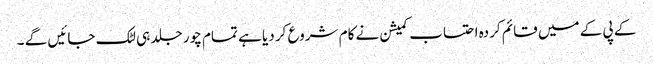
کے پی کے میں قائم کردہ احتساب کمیشن نے کام شروع کر دیا ہے تمام چور جلد ہی لٹک جائیں گے ۔